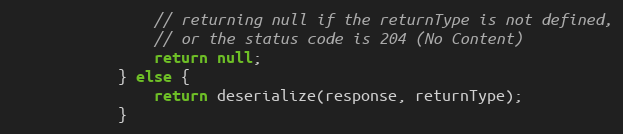
Language: Java
                // returning null if the returnType is not defined,
                // or the status code is 204 (No Content)
                return null;
            } else {
                return deserialize(response, returnType);
            }